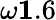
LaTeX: \omega\le 1.6